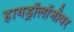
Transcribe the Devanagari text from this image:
हायड्रॉलॉजीवर